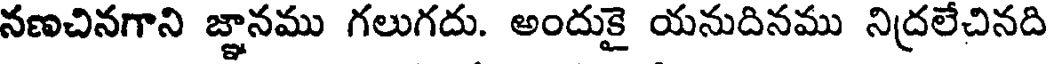
నణచినగాని జ్ఞానము గలుగదు. అందుకై యనుదినము నిద్రలేచినది